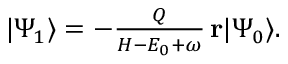
\begin{array} { r } { | \Psi _ { 1 } \rangle = - \frac { Q } { H - E _ { 0 } + \omega } \, \mathbf { r } | \Psi _ { 0 } \rangle . } \end{array}